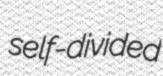
self-divided